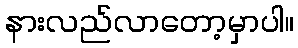
နားလည်လာတော့မှာပါ။